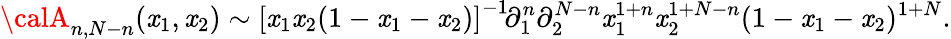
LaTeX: {\calA}_{n,N-n}(\mathit{x}_{1},\mathit{x}_{2})\sim\left[\mathit{x}_{1}\mathit{x}_{2}(1-\mathit{x}_{1}-\mathit{x}_{2})\right]^{-1}\! \partial_{1}^{n}\partial_{2}^{N-n}\mathit{x}_{1}^{1+n}\mathit{x}_{2}^{1+N-n}(1-\mathit{x}_{1}-\mathit{x}_{2})^{1+N}.